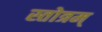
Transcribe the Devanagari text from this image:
स्तोत्रम्